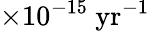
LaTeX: \times 10^{-15}\ \mathrm{yr}^{-1}